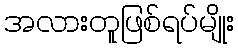
အလားတူဖြစ်ရပ်မျိုး